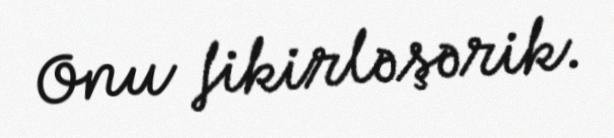
Onu fikirləşərik.